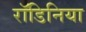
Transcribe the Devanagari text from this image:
रॉडिनिया